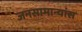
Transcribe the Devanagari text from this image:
जनसामान्यांस